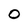
Character: 0